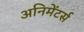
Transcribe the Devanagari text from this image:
अनिमेंटर्स